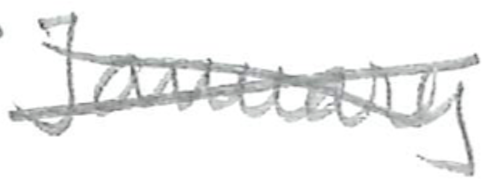
Text: January
Cross-out: cross
Writing tool: pencil